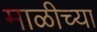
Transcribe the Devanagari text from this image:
माळीच्या